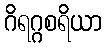
ဂိရဂ္ဂစရိယာ